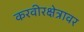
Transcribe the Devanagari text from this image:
करवीरक्षेत्रावर